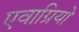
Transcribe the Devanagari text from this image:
एवाग्रियो